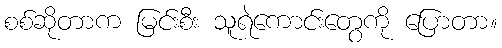
စစ်ဆိုတာက မြင်းစီး သူရဲကောင်းတွေကို ပြောတာ။